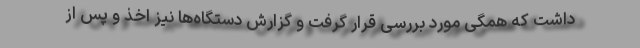
داشت که همگی مورد بررسی قرار گرفت و گزارش دستگاه‌ها نیز اخذ و پس از